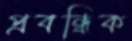
প্রবন্ধিক